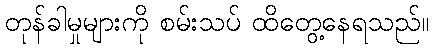
တုန်ခါမှုများကို စမ်းသပ် ထိတွေ့နေရသည်။